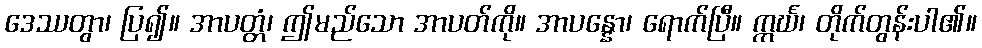
ဒေဿတွာ၊ ပြ၍။ အာပတ္တံ၊ ဤမည်သော အာပတ်ကို။ အာပန္နော၊ ရောက်ပြီ။ ဣင်္ဃ၊ တိုက်တွန်းပါ၏။